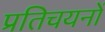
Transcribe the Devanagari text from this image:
प्रतिचयनों